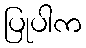
ပြုပါက